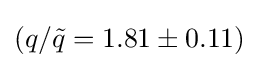
(q/{\tilde {q}}=1.81\pm 0.11)